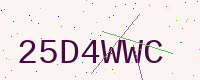
Text: 25D4WWC